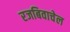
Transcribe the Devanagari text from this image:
रजबिवाचेल